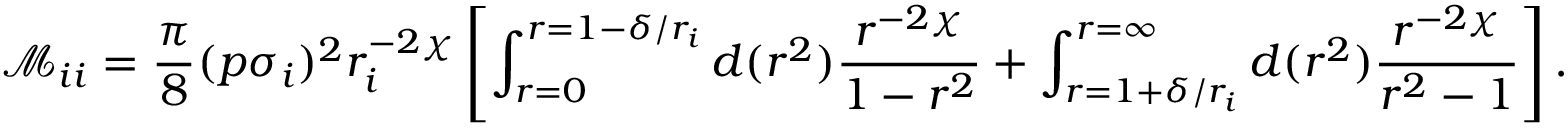
\mathcal M _ { i i } = \frac { \pi } { 8 } ( p \sigma _ { i } ) ^ { 2 } r _ { i } ^ { - 2 \chi } \left[ \int _ { r = 0 } ^ { r = 1 - \delta / r _ { i } } d ( r ^ { 2 } ) \frac { r ^ { - 2 \chi } } { 1 - r ^ { 2 } } + \int _ { r = 1 + \delta / r _ { i } } ^ { r = \infty } d ( r ^ { 2 } ) \frac { r ^ { - 2 \chi } } { r ^ { 2 } - 1 } \right] .